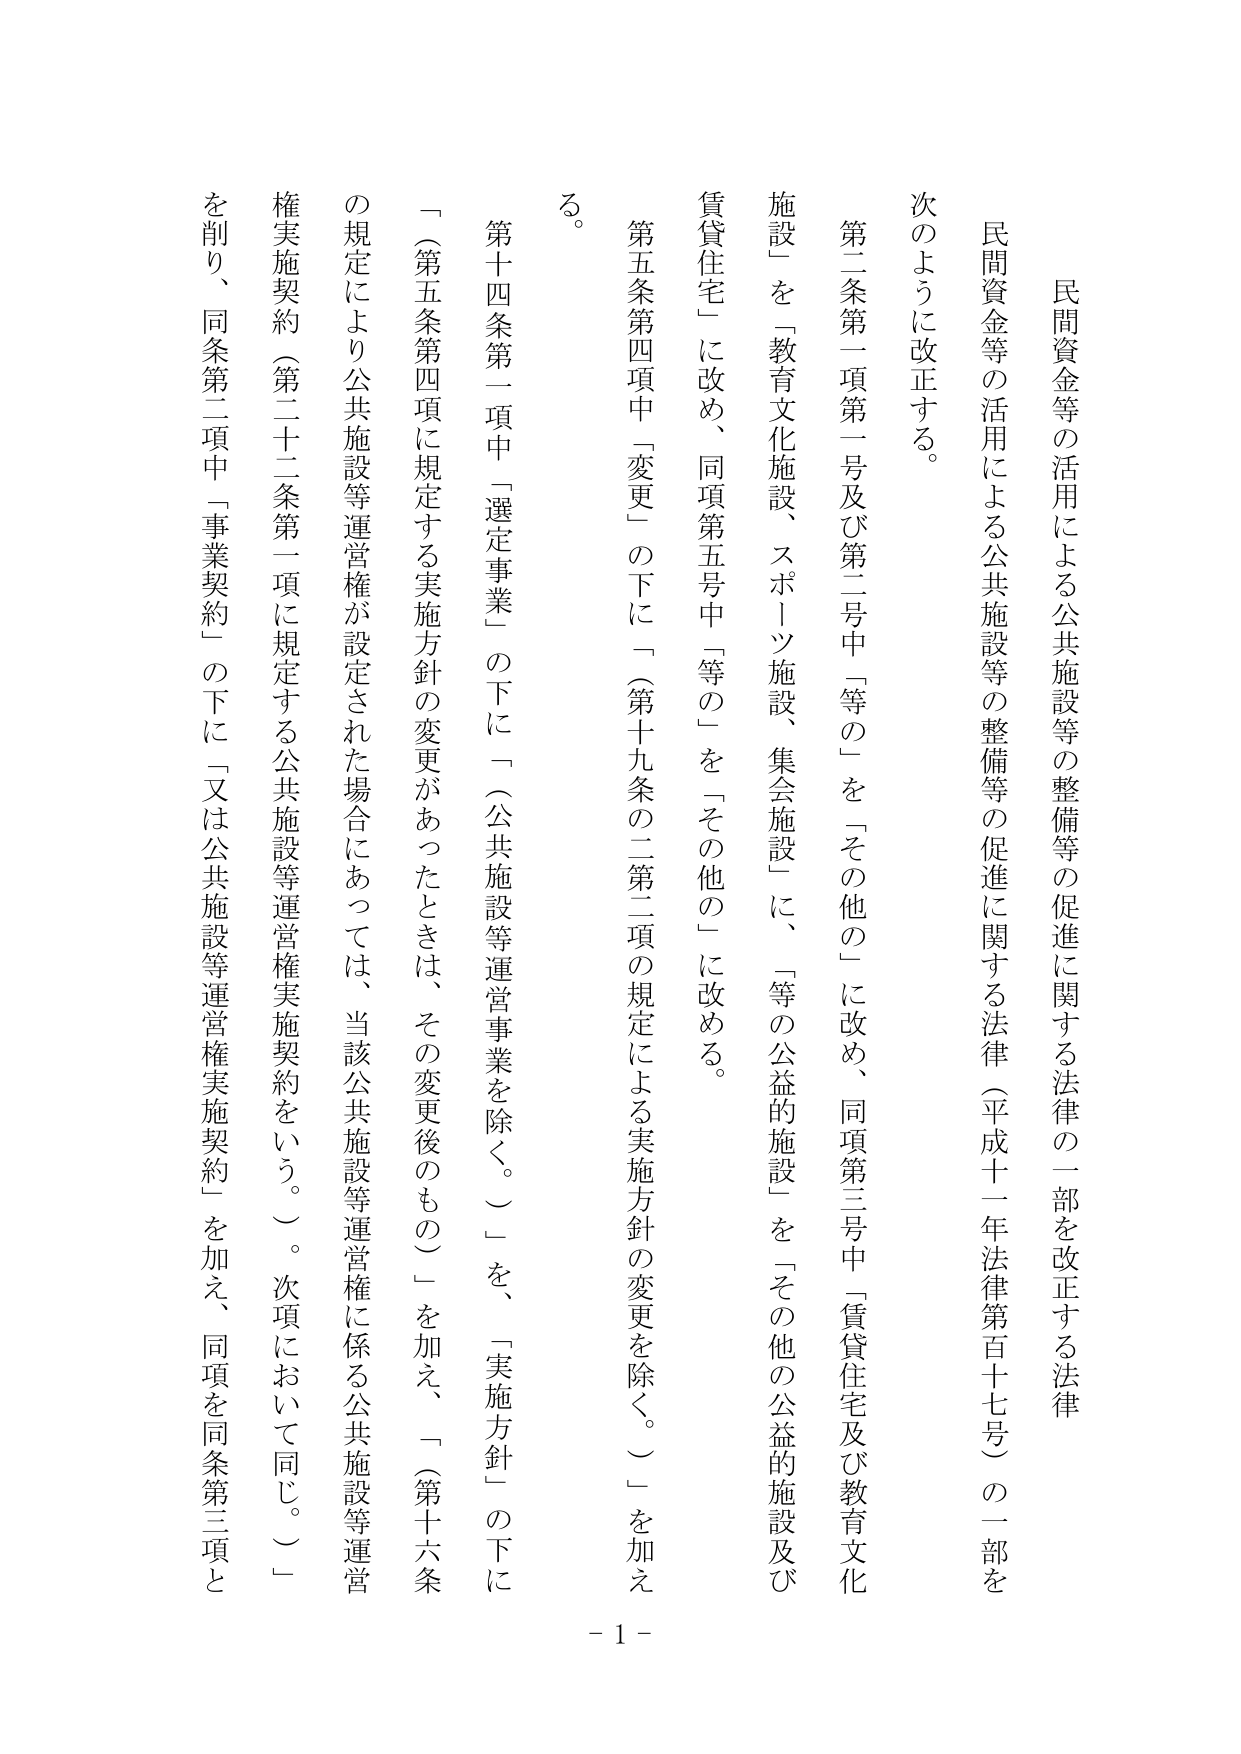
民間資金等の活用による公共施設等の整備等の促進に関する法律の一部を改正する法律

民間資金等の活用による公共施設等の整備等の促進に関する法律（平成十一年法律第百十七号）の一部を
次のように改正する。

第二条第一項第一号及び第二号中「等の」を「その他の」に改め、同項第三号中「賃貸住宅及び教育文化
施設」を「教育文化施設、スポーツ施設、集会施設」に、「等の公益的施設」を「その他の公益的施設及び
賃貸住宅」に改め、同項第五号中「等の」を「その他の」に改める。

第五条第四項中「変更」の下に「（第十九条の二第二項の規定による実施方針の変更を除く。）」を加え
る。

第十四条第一項中「選定事業」の下に「（公共施設等運営事業を除く。）」を、「実施方針」の下に
「（第五条第四項に規定する実施方針の変更があったときは、その変更後のもの）」を加え、「（第十六条
の規定により公共施設等運営権が設定された場合にあっては、当該公共施設等運営権に係る公共施設等運営
権実施契約（第二十二条第一項に規定する公共施設等運営権実施契約をいう。）。次項において同じ。）」
を削り、同条第二項中「事業契約」の下に「又は公共施設等運営権実施契約」を加え、同項を同条第三項と

- 1 -